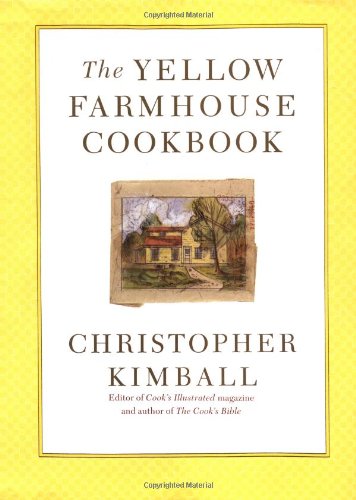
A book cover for The Yellow Farmhouse Cookbook; Christopher Kimball; Cookbooks, Food & Wine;